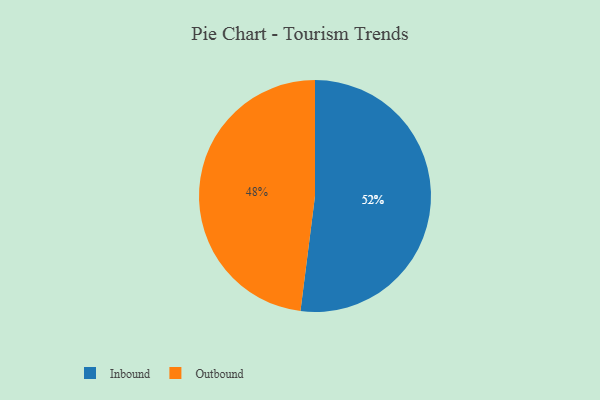
{"axis": {"x": "Category", "y": "Percentage"}, "legend": ["Inbound", "Outbound"], "data": [{"x": "Outbound", "y": 48, "type": "Outbound"}, {"x": "Inbound", "y": 52, "type": "Inbound"}]}